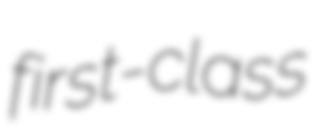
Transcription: first-class